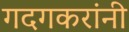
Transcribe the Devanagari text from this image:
गदगकरांनी